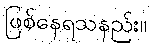
ဖြစ်နေရသနည်း။